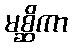
မစ္ဆိကာ